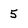
Character: 5